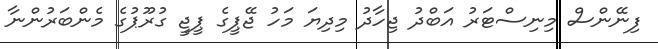
ފިނޭންސް މިނިސްޓަރު އަބްދު ޖިހާދު މިދިޔަ މަހު ޖޭޕީގެ ޕީޖީ ގުރޫޕުގެ މެންބަރުންނާ